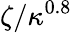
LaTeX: \zeta/\kappa^{0.8}